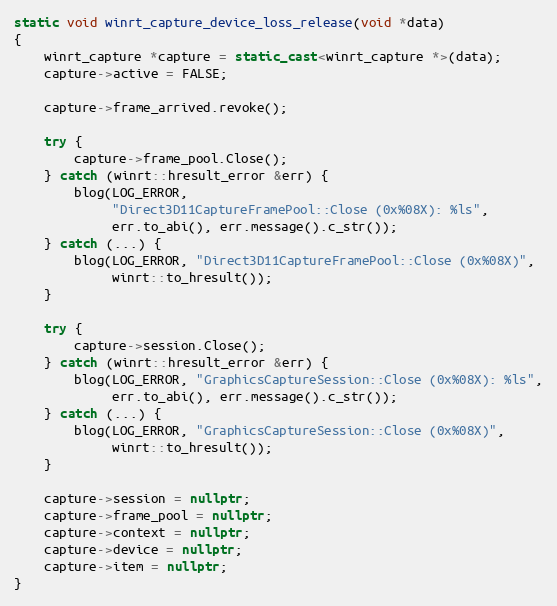
Language: C++
static void winrt_capture_device_loss_release(void *data)
{
	winrt_capture *capture = static_cast<winrt_capture *>(data);
	capture->active = FALSE;

	capture->frame_arrived.revoke();

	try {
		capture->frame_pool.Close();
	} catch (winrt::hresult_error &err) {
		blog(LOG_ERROR,
		     "Direct3D11CaptureFramePool::Close (0x%08X): %ls",
		     err.to_abi(), err.message().c_str());
	} catch (...) {
		blog(LOG_ERROR, "Direct3D11CaptureFramePool::Close (0x%08X)",
		     winrt::to_hresult());
	}

	try {
		capture->session.Close();
	} catch (winrt::hresult_error &err) {
		blog(LOG_ERROR, "GraphicsCaptureSession::Close (0x%08X): %ls",
		     err.to_abi(), err.message().c_str());
	} catch (...) {
		blog(LOG_ERROR, "GraphicsCaptureSession::Close (0x%08X)",
		     winrt::to_hresult());
	}

	capture->session = nullptr;
	capture->frame_pool = nullptr;
	capture->context = nullptr;
	capture->device = nullptr;
	capture->item = nullptr;
}